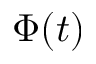
\Phi ( t )